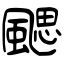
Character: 颸